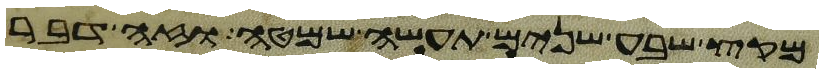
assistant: מקץ שבע שנים תעשה שמטה וזה דבר